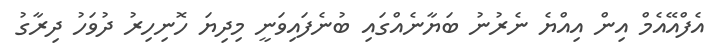
އެފްއޭއެމް އިން އިއްޔެ ނެރުނު ބަޔާނެއްގައި ބުނެފައިވަނީ މިދިޔަ ހޮނިހިރު ދުވަހު ދިރާގު